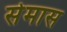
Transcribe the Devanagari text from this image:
सेमास